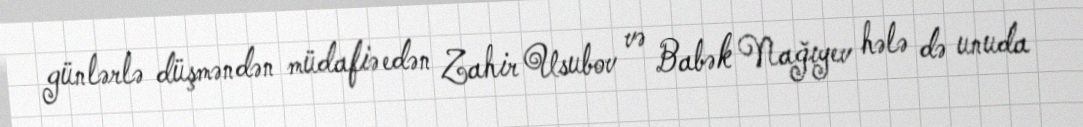
günlərlə düşməndən müdafiə edən Zahir Usubov və Babək Nağıyev hələ də unuda